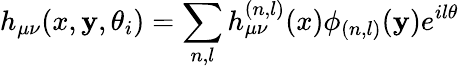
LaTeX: h_{\mu\nu}(x,\mathbf{y},\theta_{i})=\sum_{n,l}h_{\mu\nu}^{(n,l)}(x)\phi_{(n,l)}(\mathbf{y})e^{il\theta}